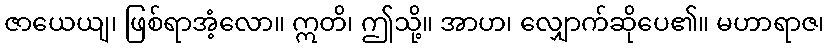
ဇာယေယျ၊ ဖြစ်ရာအံ့လော။ ဣတိ၊ ဤသို့။ အာဟ၊ လျှောက်ဆိုပေ၏။ မဟာရာဇ၊